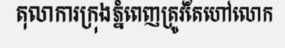
តុលាការក្រុងភ្នំពេញត្រូវតែហៅលោក